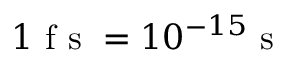
1 \textrm { f s } = 1 0 ^ { - 1 5 } \textrm { s }